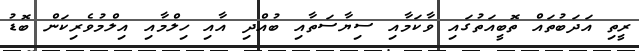
ރީތި އަދަބުތައް ތޮބީއަތުގައި ވާކަމާއި ސިޔާސަތާއި ބުއްދި އާއި ހިލްމާއި އިލްމުވެރިކަން ބޮޑު